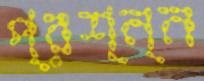
প্রশ্ন্ন